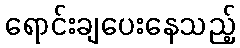
ရောင်းချပေးနေသည့်